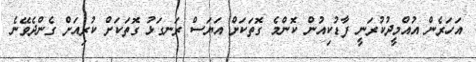
އަހަރެން އުއްމީދުކުރަނީ ފާޑުކިއުން ކޮންމެ ގޮތަކަށް އަޔަސް ރަނގަޅު ގޮތަކަށް ކުރިއަށް ގެންދެވޭނެ